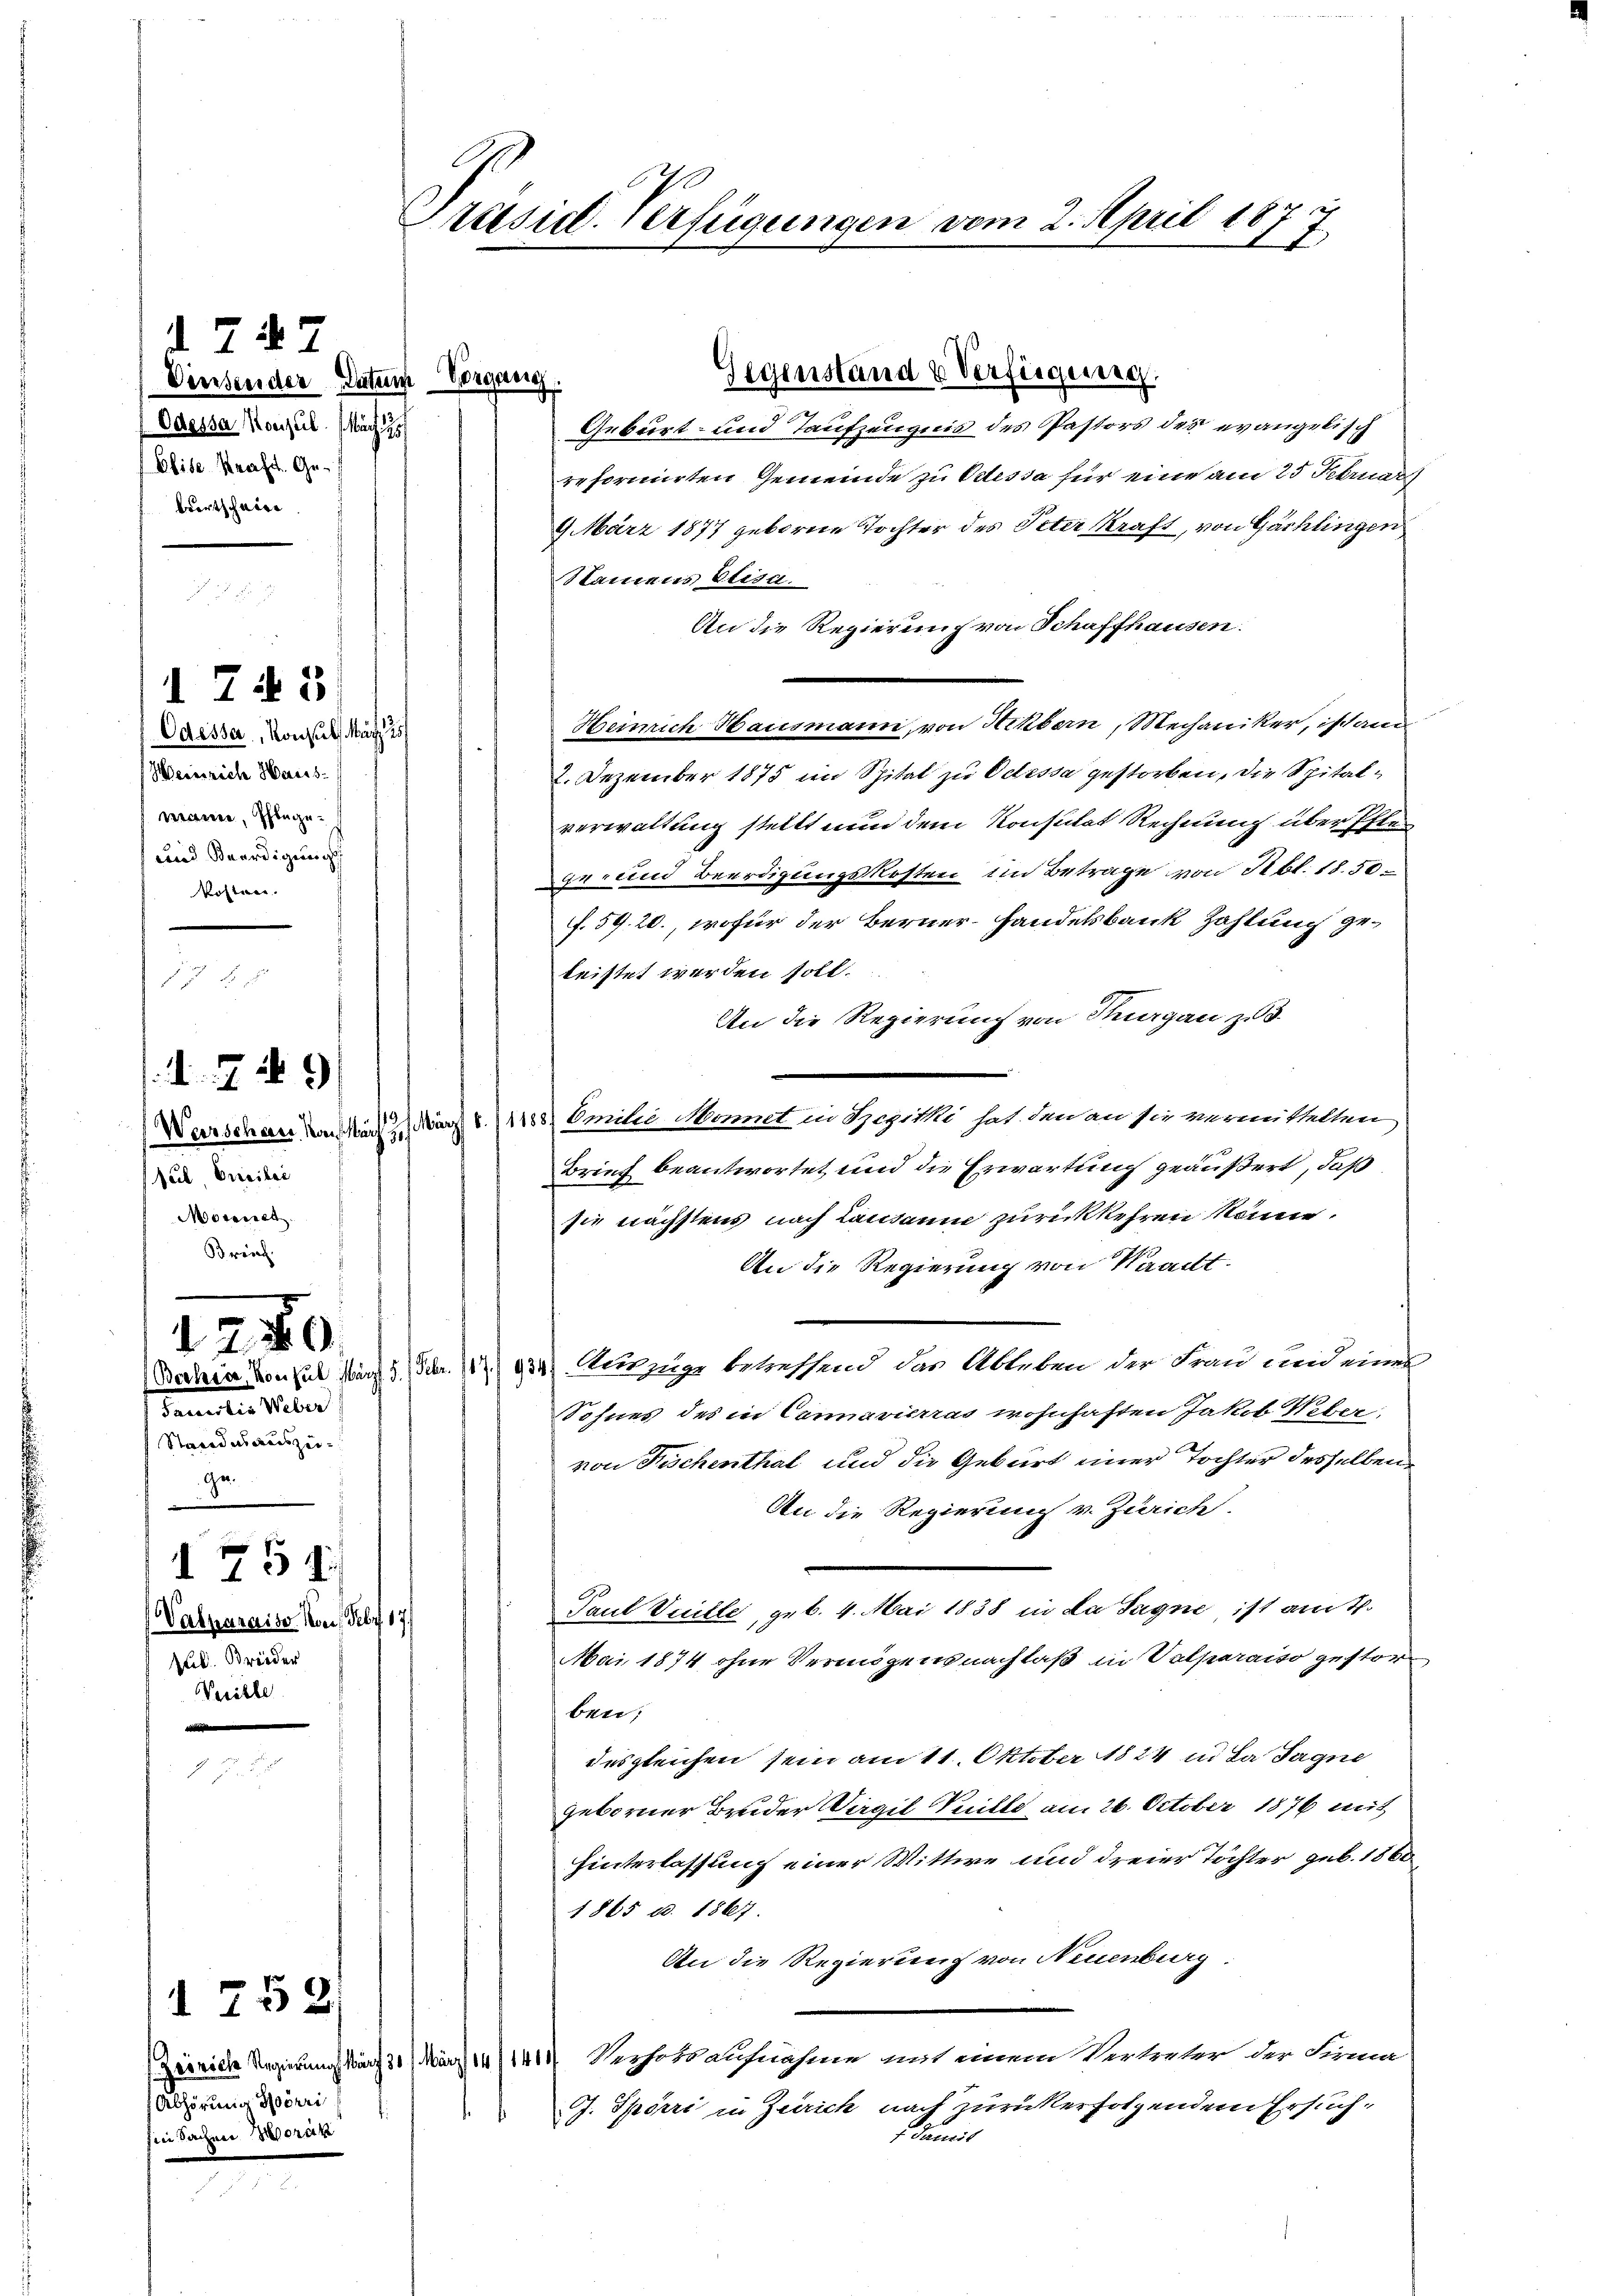
d. 747
Vinsender Datum Vorgang.
Odessa oeul. Nach
Elise Kraft. Gebrortschwöre

Odessa, Konsuls März
Heinrich Haus-
mann, Pflege¬
und Beerdigung
No

1 745

.4
Wer
estlich des
Sul, Freibei
onnet

)

240
Semester Miter
Staendesauszei
e
d 751
Valparaiso Von Febr. 17
Jb. Brüder
Weritte

1752.

Abhörung Spörri
hin Sachen Vorar

Präsid. Verfügungen vom 2. April 187

2

Geburt- und Taufzeugnis des Pastors des evangelisch
reformirten Gemeinde zu Odessa für eine am 25 Februar
9 März 1877 geborne Tochter des Peter Kraft, von Gächlingen
Namens Elisa
An die Regierung von Schaffhausen.
Heinrich Hausmann, von Hekbern, Mechaniker, ist ann
2. Dezember 1875 im Spital zu Odessa gestorben, die Spitalverwaltung stellt nun dem Konstitat Rechnung über Ester
ge- und Beerdigungskosten im Betrage von Sbl. 1850.
f. 59. 20., wofür der Berner-Handelsbank Zahlung geleistet werden soll.
An die Regierung von Hungau zu 3
Emilie Monnet in Spezirki hat den an sie vermittelten
März 8. 11158.
Brief beantwortet und die Erwartung geäußert, daß
sie nächstens nach Lausanne zurückkehren könne.
An die Regierung von Waadt.
Bahia Consul Mart. 5. Febr. 117.) 934). Auszuge betreffend das Ableben der Frau und eines
Sohnes des in Cannavierras wohnhaften Jakob Weber
von Fischenthal und die Geburt einer Tochter desselben
An die Regierung v. Zürich.
Paul Veille, geb. 4. Mai 1838 in da Sagne ist am 4.
Mai 1874 ohne Vermögensnachlaß in Velparaiso gestorben;
desgleichen sein am 11. Oktober 1824 in da Jagne
geborner Bruder Virgil Peille am 26. October 1876 mit
hinterlassung einer Wittwe und dreier Töchter geb. 1860
1865 u. 1867.
An die Regierung von Neuenburg.
Zeirich Regierungskärf 317 März 14/1411 Verholt aufnahme mit einem Vertreter der Firm
. Spörri in Zeirich nach zurückerfolgendem Ersuchf. Famil

Gegenstand & Verfügung.